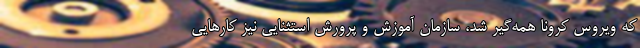
که ویروس کرونا همه‌گیر شد، سازمان آموزش و پرورش استثنایی نیز کارهایی